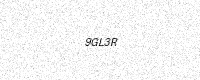
Text: 9GL3R